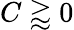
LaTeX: C\gtrapprox 0